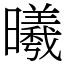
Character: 曦